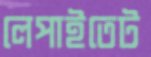
লেপাইতেট